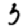
Digit: 3